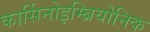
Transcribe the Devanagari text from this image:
कार्सिनोइम्ब्रियोनिक